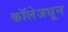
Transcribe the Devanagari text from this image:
कॉलेजधून